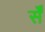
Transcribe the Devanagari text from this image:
र्सें